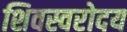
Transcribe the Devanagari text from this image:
शिवस्वरोदय